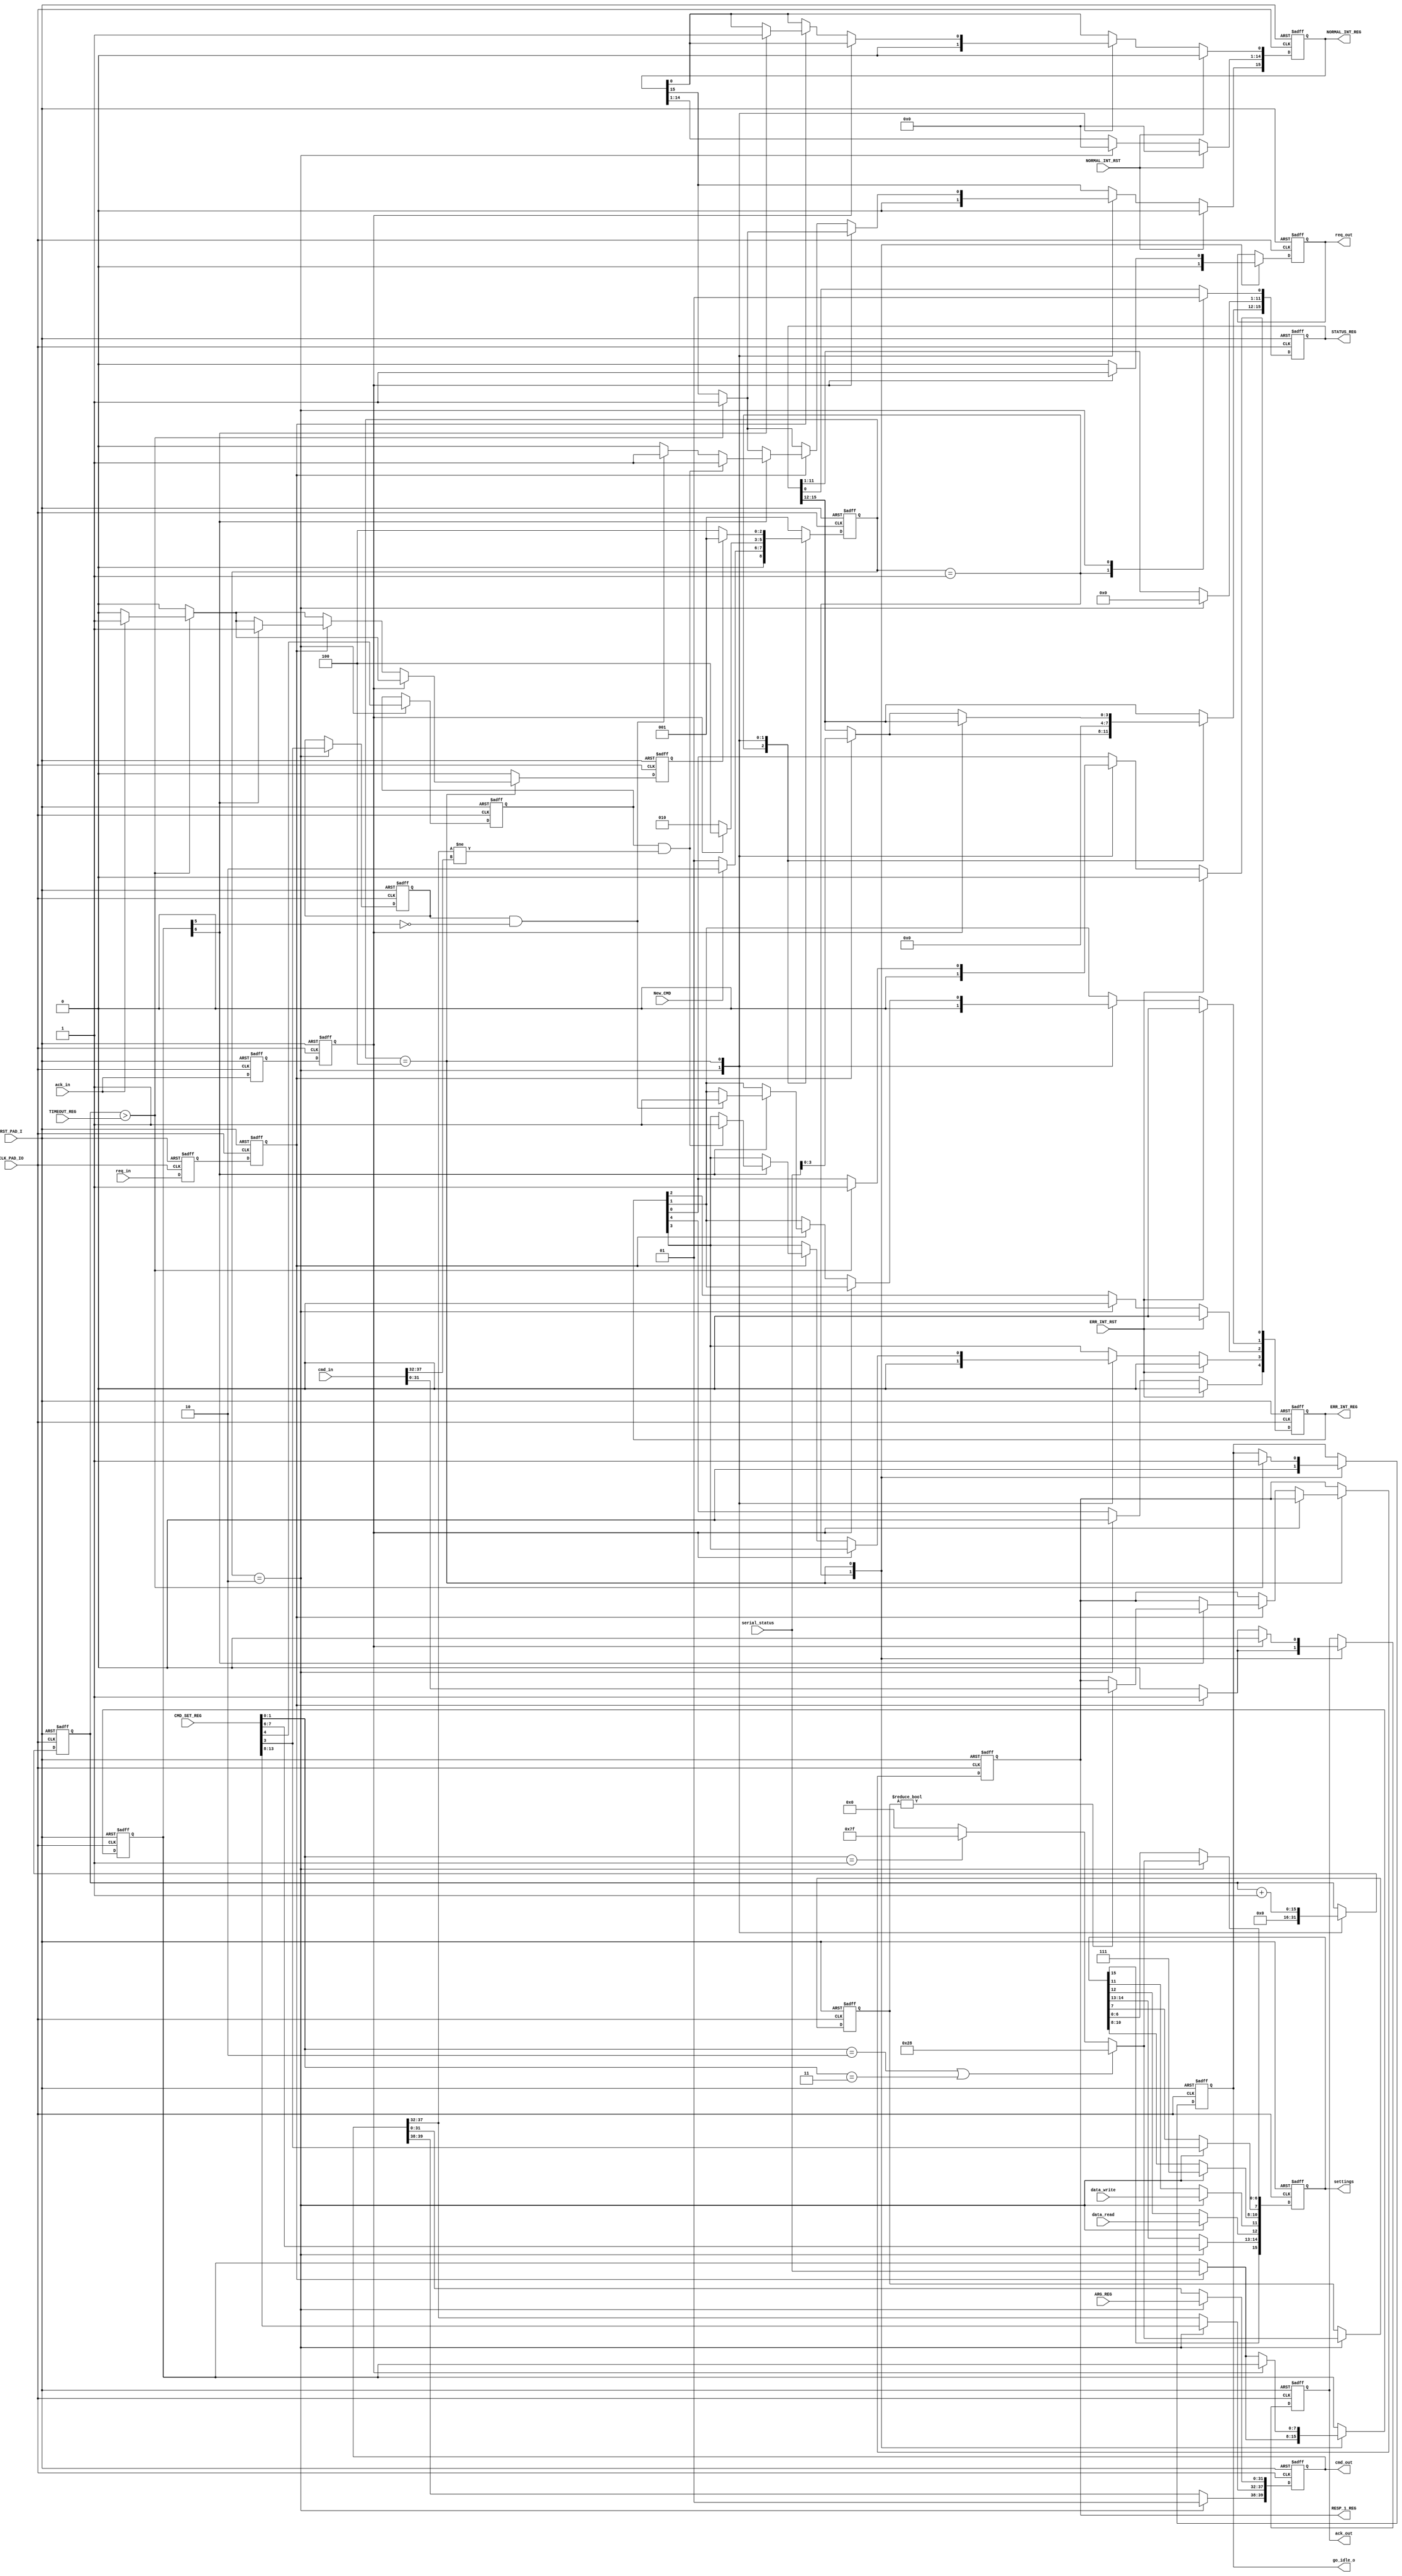
module SD_CMD_MASTER
			(
			input 						 CLK_PAD_IO,
			input 						 RST_PAD_I,
			input 						 New_CMD,
			input 						 data_write,
			input 						 data_read,
			input [31:0]			 ARG_REG,
			input [15:0]			 CMD_SET_REG,
			input [15:0] 			 TIMEOUT_REG,
			output reg [15:0]  STATUS_REG,
			output reg [31:0]  RESP_1_REG,
			output reg [4:0] 	 ERR_INT_REG,
			output reg [15:0]  NORMAL_INT_REG,
			input 						 ERR_INT_RST,
			input 						 NORMAL_INT_RST,
			output reg [15:0]  settings,
			output reg 				 go_idle_o,
			output reg  [39:0] cmd_out,
			output reg 				 req_out,
			output reg 				 ack_out,
			input 						 req_in,
			input 						 ack_in,
			input [39:0] 			 cmd_in,
			input [7:0] 			 serial_status
			);
////////////////////////////////////////////
`define dat_ava 		status[6]
`define crc_valid 	status[5]
`define small_rsp 	7'b0101000
`define big_rsp 		7'b1111111

`define CMDI 				CMD_SET_REG[13:8]						//command index
`define WORD_SELECT CMD_SET_REG[7:6]
`define CICE 				CMD_SET_REG[4]
`define CRCE 				CMD_SET_REG[3]
`define RTS 				CMD_SET_REG[1:0]
`define CTE 				ERR_INT_REG[0]
`define CCRCE 			ERR_INT_REG[1]
`define CIE  				ERR_INT_REG[3]
`define EI 					NORMAL_INT_REG[15]
`define CC  				NORMAL_INT_REG[0]
`define CICMD 			STATUS_REG[0]
//-----------Types---------------------------
reg 								CRC_check_enable;
reg 								index_check_enable;
reg [6:0]						response_size;
reg [7:0]						status;
reg [15:0]  				Watchdog_Cnt;
reg 								complete;
parameter 					SIZE = 3;
reg [SIZE-1:0]			state;
reg [SIZE-1:0]			next_state;
//-----------------------------------------
parameter 					IDLE   		=  3'b001;
parameter 					SETUP   	=  3'b010;
parameter 					EXECUTE  	=  3'b100;
//---------------Input ports---------------
reg 								ack_in_int;
reg 								ack_q;
reg 								req_q;
reg 								req_in_int;
///////////////////////////////////////////////////
always @ ( posedge CLK_PAD_IO or posedge RST_PAD_I )
begin
  	if ( RST_PAD_I )
  	begin
    		req_q 			<= 1'b0;
    		req_in_int 	<= 1'b0;
 		end
		else
		begin
  			req_q 			<= req_in;
  			req_in_int 	<= req_q;
		end
end
////////////////////////////////////////////////////
always @ (posedge CLK_PAD_IO or posedge RST_PAD_I   )
begin
  	if ( RST_PAD_I )
  	begin
    		ack_q 			<= 1'b0;
    		ack_in_int 	<= 1'b0;
 		end
		else
		begin
  			ack_q 			<= ack_in;
  			ack_in_int 	<= ack_q;
		end
end
//////////////////////////////////////////////////////////
always @ ( state or New_CMD
				or complete or ack_in_int
				)
begin : FSM_COMBO
    next_state = 0;
 		case( state )
 		IDLE:
 		begin
      	if ( New_CMD ) //triger signal from configure register
      	begin
          	next_state = SETUP;
      	end
      	else
      	begin
         		next_state = IDLE;
      	end
 		end
/////////////////////////////////////////////////////////
 		SETUP:
 		begin
    		if ( ack_in_int )
       		next_state = EXECUTE;
     		else
       		next_state = SETUP;
   	end
/////////////////////////////////////////////////////////
 		EXECUTE:
 		begin
       	if ( complete )
       	begin
          	next_state = IDLE;
      	end
      	else
      	begin
         		next_state = EXECUTE;
      	end
 		end
 		default : next_state  = IDLE;
		endcase

end
/////////////////////////////////////////////////////////
always @ (posedge CLK_PAD_IO or posedge RST_PAD_I   )
begin : FSM_SEQ
  	if (RST_PAD_I )
  	begin
    		state <= #1 IDLE;
 		end
 		else
 		begin
    		state <= #1 next_state;
 		end
end
////////////////////////////////////////////////////////////
always @ (posedge CLK_PAD_IO or posedge RST_PAD_I   )
begin
 		if ( RST_PAD_I )
 		begin
    		CRC_check_enable 		<= 1'b0;
    		complete 						<= 1'b0;
    		RESP_1_REG 					<= 32'b0;
    		ERR_INT_REG 				<= 5'b0;
    		NORMAL_INT_REG 			<= 16'b0;
    		STATUS_REG 					<= 16'b0;
    		status 							<= 8'b0;
    		cmd_out 						<= 40'b0;
    		settings 						<= 16'b0;
    		response_size 			<= 7'b0;
    		req_out 						<= 1'b0;
    		index_check_enable 	<= 1'b0;
    		ack_out 						<= 1'b0;
    		Watchdog_Cnt 				<= 16'b0;
    		`CCRCE 							<= 1'b0;
    		`EI 								<= 1'b0;
    		`CC 								<= 1'b0;
    		 go_idle_o 					<= 1'b0;
 		end
 		else
 		begin
 				complete <= 1'b0;
 				case( state )
 				IDLE:
 				begin
 				   	go_idle_o	<= 1'b0;
 				   	req_out 	<= 1'b0;
						ack_out 	<= 1'b0;
						`CICMD 		<= 1'b0;
 				   	if ( req_in_int == 1'b1 )
 				   	begin//Status change
 				       	status 						<= serial_status;
 				       	ack_out 					<= 1'b1;
 				       	STATUS_REG[15:12] <= serial_status[3:0];
 				   	end
 				end
 				SETUP:
 				begin
 				    NORMAL_INT_REG 			<= 16'b0;
 				    ERR_INT_REG 				<= 5'b0;
 				    STATUS_REG 					<= 16'b0;
 				    index_check_enable 	<= `CICE;
 				    CRC_check_enable 	 	<= `CRCE;
 				   	if (( `RTS  == 2'b10 ) || ( `RTS == 2'b11 ))
 				   	begin
 				     		response_size <= 7'd40;	//  7'b0101000;//40 bit
 				     		settings[6:0] <= 7'd40;
 				   	end
 				   	else if ( `RTS == 2'b01 )
 				   	begin
 				     		response_size <= 7'd127;	//7'b1111111;	//127
 				     		settings[6:0] <= 7'd127;
 				   	end
 				   	else
 				   	begin
 				      	response_size <= 7'd0;
								settings[6:0] <= 7'd0;
 				   	end
 						//
 				    cmd_out[39:38]  <= 2'b01;
 				    cmd_out[37:32]  <= `CMDI;  						//CMD_INDEX
 				    cmd_out[31:0]   <= ARG_REG;           //CMD_Argument
 				    settings[14:13] <= `WORD_SELECT;      //Reserved
 				    settings[12] 	  <= data_read; 				//Type of command
 				    settings[11] 	  <= data_write;
 				    settings[10:8]  <= 3'd7;            //Delay
 				    settings[7] 	  <= `CRCE;         		//CRC-check
 				    //settings[6:0]	  <= response_size;   	//response size have some issues
 				    Watchdog_Cnt 	  <= 16'b0;
 				   `CICMD 				  <= 1'b1;
 				end
////////////////////////////////////////////
 				EXECUTE:
 				begin
 				   	Watchdog_Cnt <= Watchdog_Cnt + 1'b1;
 				   	if ( Watchdog_Cnt > TIMEOUT_REG )
 				   	begin
 				     		`CTE <= 1'b1;
 				     		`EI  <=	1'b1;
 				     		if ( ack_in == 1'b1 )
 				     		begin
 				        		complete <= 1'b1;
 				     		end
 				     		go_idle_o <= 1'b1;
 				   	end
 				   	//Default
 				   	req_out <= 1'b0;
					 	ack_out <= 1'b0;

 				   //Start sending when serial module is ready
 				  	if ( ack_in_int == 1'b1 )
 				  	begin
					    	req_out <= 1'b1;
					  end
					   //Incoming New Status
					  else if ( req_in_int == 1'b1 )
					  begin
 				       	status						<=	serial_status;
 				       	STATUS_REG[15:12] <= serial_status[3:0];
 				       	ack_out 					<= 1'b1;
 				       	if ( `dat_ava )
 				       	begin //Data avaible
 				          	complete 	<= 1'b1;
 				           `EI 				<= 1'b0;
	 				          if (	CRC_check_enable & ~`crc_valid	)
	 				          begin
 				           			`CCRCE	<= 1'b1;
 				           			`EI 		<= 1'b1;
	 				          end
//////////////////////////////////////////////////////////////////////////////////////
 				          	if (index_check_enable & ( cmd_out[37:32] != cmd_in [37:32]))
 				          	begin
 				           			`CIE 		<= 1'b1;
 				           			`EI  		<= 1'b1;
	 				          end
 				            `CC 				<= 1'b1;
 				            if ( response_size != 7'b0 )
 					             RESP_1_REG <= cmd_in[31:0];
 						         // end
 				        end //Data avaible
 				    end //Status change
 				end //EXECUTE state
 				endcase
//-------------------------- 				
 				if (ERR_INT_RST)
 				  	ERR_INT_REG <= 5'b0;
////////////////////////////////////////////////////////
 				if (NORMAL_INT_RST)
 				  	NORMAL_INT_REG <= 16'b0;
 				end
end

endmodule